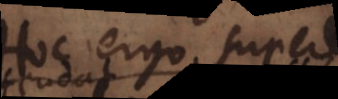
Hoc ergo supererat,